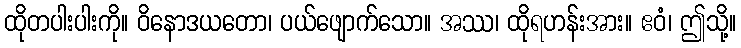
ထိုတပါးပါးကို။ ဝိနောဒယတော၊ ပယ်ဖျောက်သော။ အဿ၊ ထိုရဟန်းအား။ ဧဝံ၊ ဤသို့။